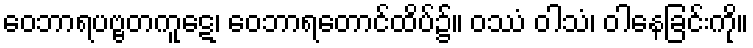
ဝေဘာရပဗ္ဗတကူဋေ၊ ဝေဘာရတောင်ထိပ်၌။ ဝဿံ ဝါသံ၊ ဝါနေခြင်းကို။